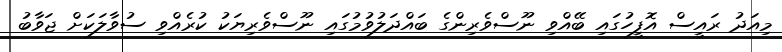
މިއަދު ރައީސް އޮފީހުގައި ބޭއްވި ނޫސްވެރިންގެ ބައްދަލުވުމުގައި ނޫސްވެރިޔަކު ކުރެއްވި ސުވާލަކަށް ޖަވާބު